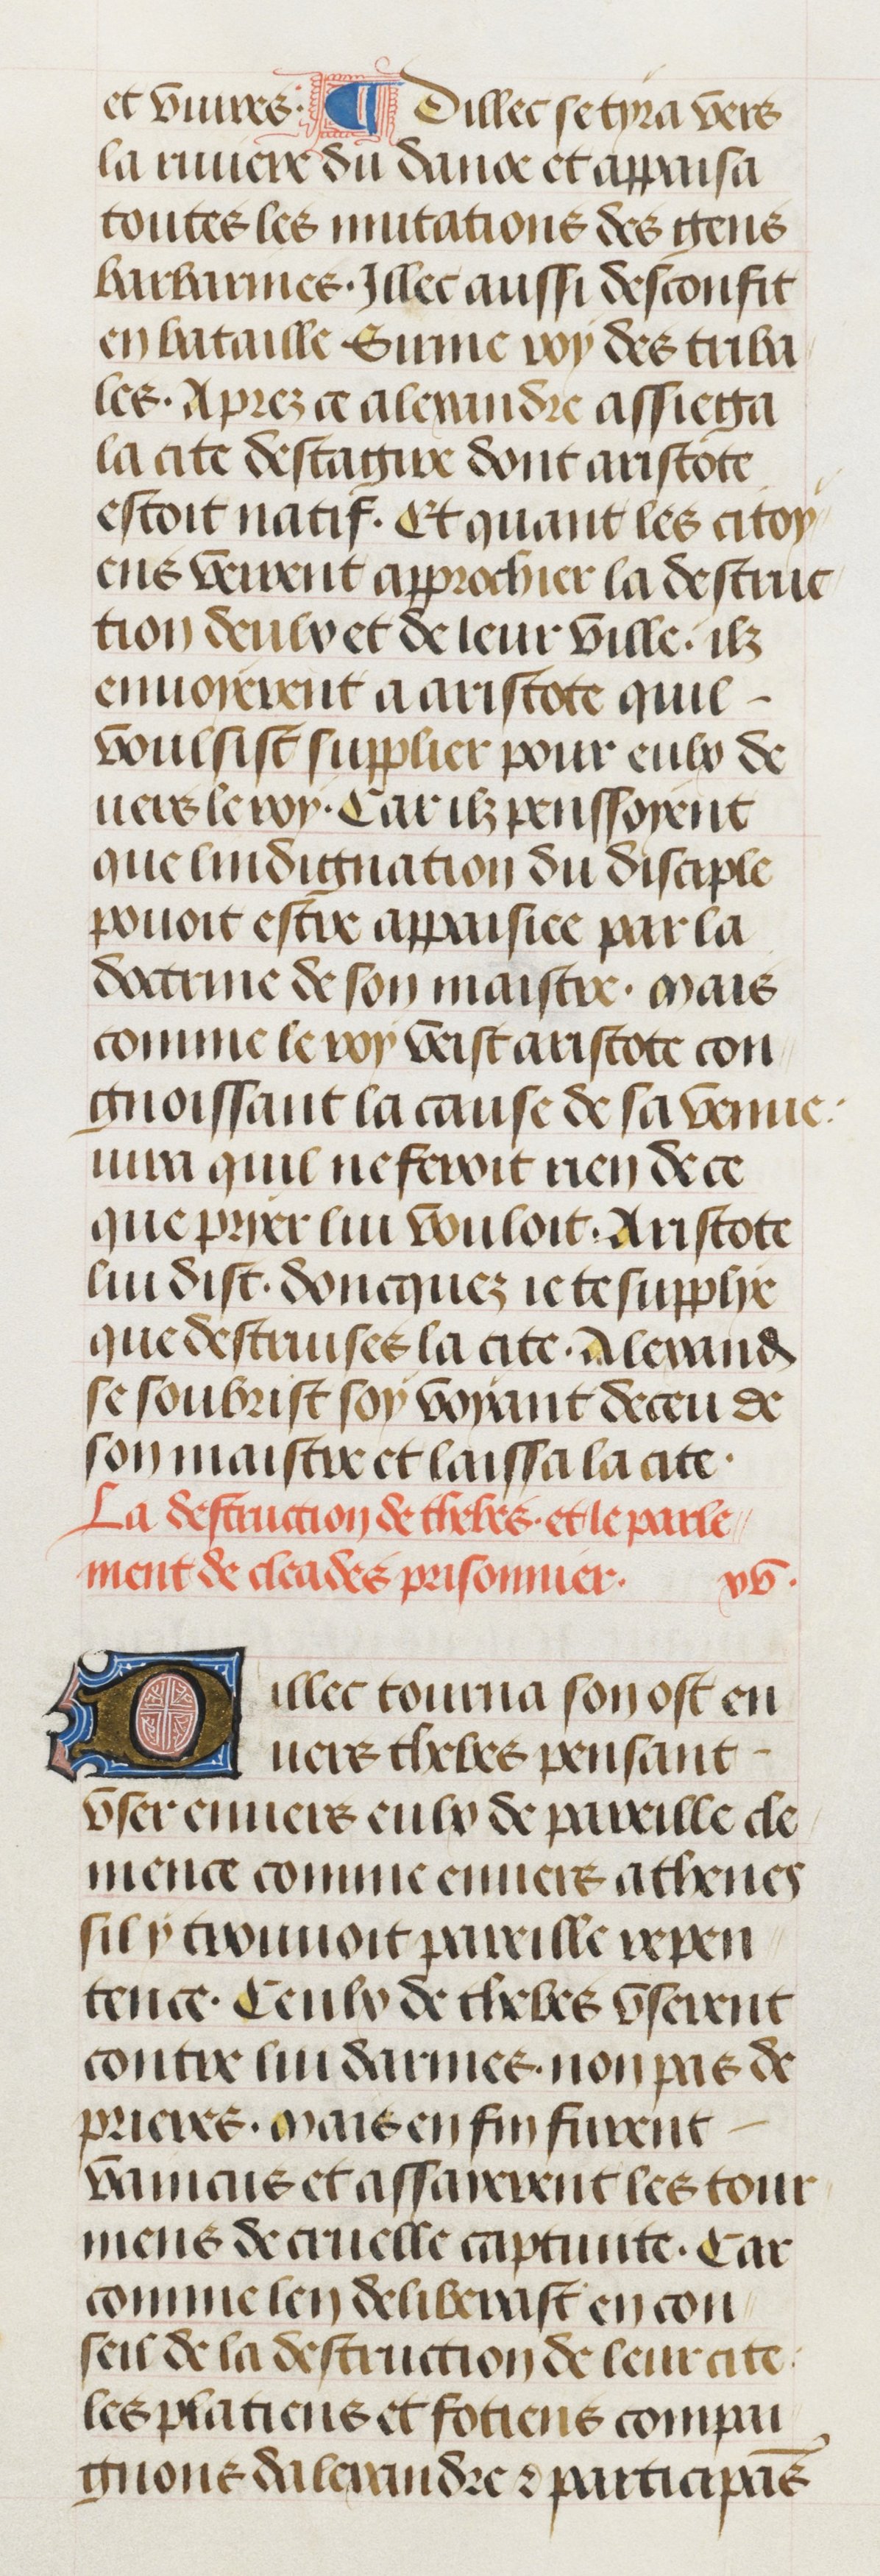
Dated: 1470–1499